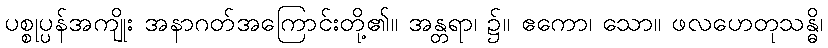
ပစ္စုပ္ပန်အကျိုး အနာဂတ်အကြောင်းတို့၏။ အန္တရာ၊ ၌။ ဧကော၊ သော။ ဖလဟေတုသန္ဓိ၊